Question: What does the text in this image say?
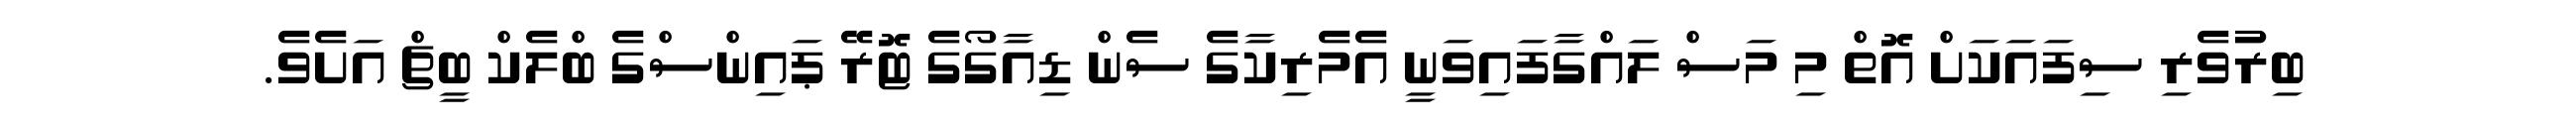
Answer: ބިރުވެރި ސިފައަކަށް އޮތް މި މަސް ލައްގާފައިވަނީ އެމެރިކާގެ ސެން ޑިއާގޯގެ ޓޮރޭ ޕައިންސްގެ ބްލެކް ބީޗް އަށެވެ.